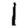
Digit: 1